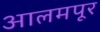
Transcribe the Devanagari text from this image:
आलमपूर